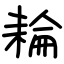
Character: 耣